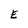
Character: E